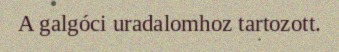
A galgóci uradalomhoz tartozott.